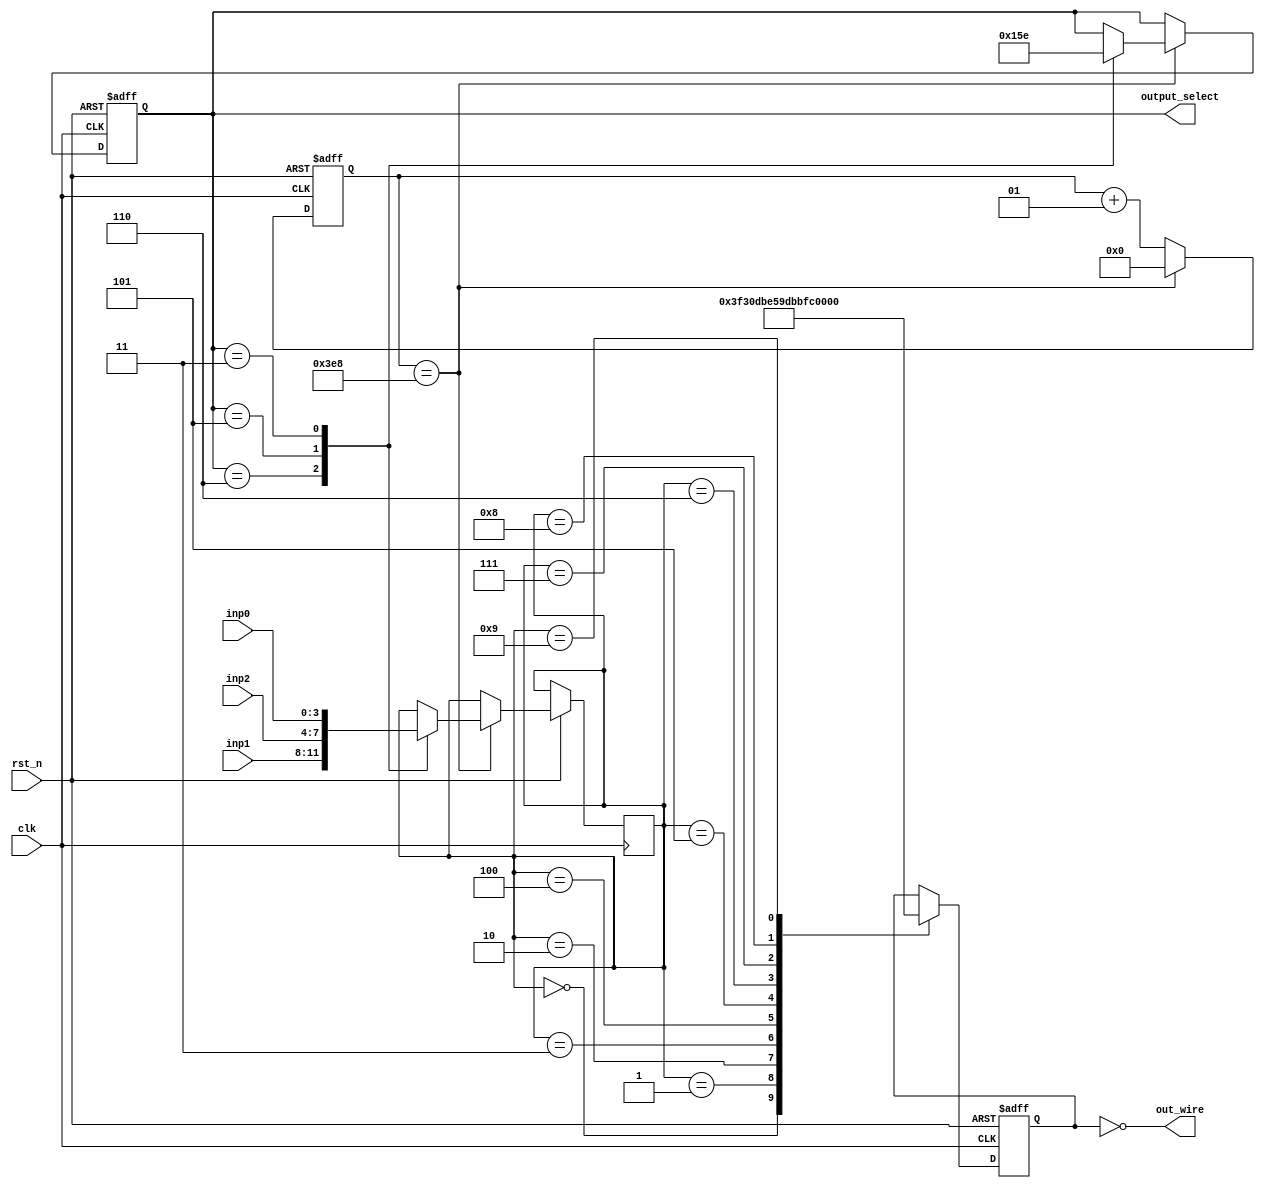
`timescale 1ns / 1ps
//////////////////////////////////////////////////////////////////////////////////
// Company: 
// Engineer: 
// 
// Design Name: 
// Module Name:    mySevenSegment 
// Project Name: 
// Target Devices: 
// Tool versions: 
// Description: 
//
// Dependencies: 
//
// Revision: 
// Revision 0.01 - File Created
// Additional Comments: 
//
//////////////////////////////////////////////////////////////////////////////////
module mySevenSegment(
	input clk,
	input rst_n,
    input [3:0] inp0,
	 input [3:0] inp1,
	 input [3:0] inp2,
    output [6:0] out_wire,
	 output reg [2:0] output_select
    );
	 
	 reg [6:0] out;
	 integer output_select_loop;
	 reg[3:0] inp;
	 integer counter;
	 
	 assign out_wire = ~out;
	 always @(posedge clk or negedge rst_n)
	 begin
		if (~rst_n)
		begin
			out <= 7'b0;
			output_select<=3'b110;
			counter<=0;
		end
		else
		begin
			counter<= counter + 1;
			if (counter == 1000)
			begin
				counter <= 0;
				case(output_select)
				3'b110:
				begin
					output_select<= 3'b101;
					inp<= inp1;
				end
				
				3'b101:
				begin
					output_select<= 3'b011;
					inp<= inp2;
				end
				
				3'b011:
				begin
					output_select<= 3'b110;
					inp<= inp0;
				end
				endcase
			end
			case (inp)
						4'd0:out <= 7'b1111110;
						4'd1:out <= 7'b0110000;
						4'd2:out <= 7'b1101101;
						4'd3:out <= 7'b1111001;
						4'd4:out <= 7'b0110011;
						4'd5:out <= 7'b1011011;
						4'd6:out <= 7'b1011111;
						4'd7:out <= 7'b1110000;
						4'd8:out <= 7'b1111111;
						4'd9:out <= 7'b1111011;
			endcase
		end
	end

endmodule